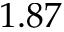
1 . 8 7